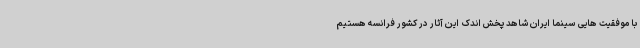
با موفقیت هایی سینما ایران شاهد پخش اندک این آثار در کشور فرانسه هستیم